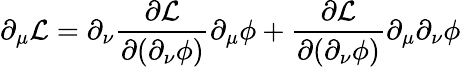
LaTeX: \partial_{\mu}{\mathcal{L}}=\partial_{\nu}{\frac{\partial{\mathcal{L}}}{\partial(\partial_{\nu}\phi)}}\partial_{\mu}\phi+{\frac{\partial{\mathcal{L}}}{\partial(\partial_{\nu}\phi)}}\partial_{\mu}\partial_{\nu}\phi